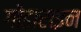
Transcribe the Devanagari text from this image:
गोंडाराइन